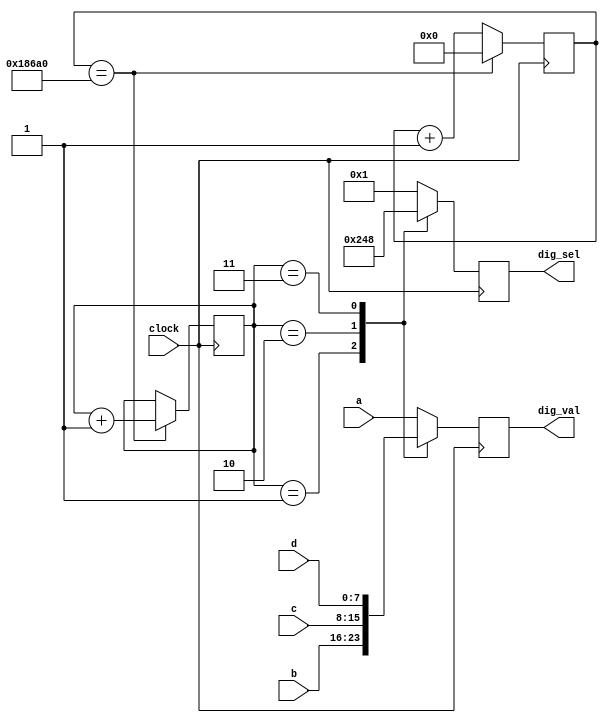
module disp_drv (dig_val, dig_sel, a, b, c, d, clock);

output reg [7:0] dig_val;
output reg [3:0] dig_sel;

input [7:0] a;
input [7:0] b;
input [7:0] c;
input [7:0] d;
input clock;
reg [1:0] dig_num;
reg [31:0] delay;
always @ (posedge clock)
	begin
		case (dig_num)
//			2'b00:
//				begin
//					dig_val <= a;
//					dig_sel <= 4'b0001;
//				end
			2'b01:
				begin
					dig_val <= b;
					dig_sel <= 4'b0010;
				end
			2'b10:
				begin
					dig_val <= c;
					dig_sel <= 4'b0100;
				end
			2'b11:
				begin
					dig_val <= d;
					dig_sel <= 4'b1000;
				end
			default:
				begin
					dig_val <= a;
					dig_sel <= 4'b0001;
				end
		endcase
		
		delay <= delay + 1;
		
		if (delay == 32'd100000)
			begin
				dig_num <= dig_num + 1;
				delay <= 0;
			end
		
	end

endmodule